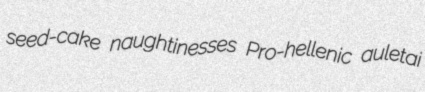
seed-cake naughtinesses Pro-hellenic auletai